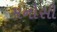
મનોસી